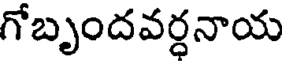
గోబృందవర్ధనాయ